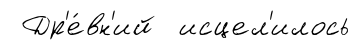
Др'е́вн'ий исцел'илось